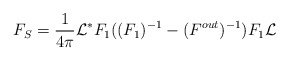
\begin{align*}F_S= \frac{1}{4\pi} \mathcal L^* F_1((F_1)^{-1}-(F^{out})^{-1} ) F_1 \mathcal L\end{align*}